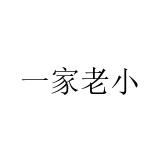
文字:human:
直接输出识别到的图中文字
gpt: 一家老小